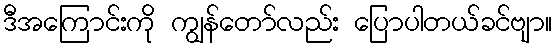
ဒီအကြောင်းကို ကျွန်တော်လည်း ပြောပါတယ်ခင်ဗျာ။